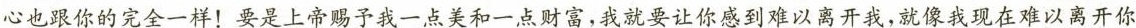
心也跟你的完全一样！要是上帝赐予我一点美和一点财富，我就要让你感到难以离开我，就像我现在难以离开你